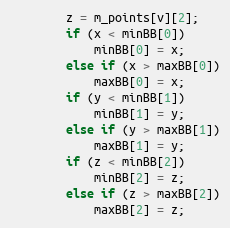
Language: C++
        z = m_points[v][2];
        if (x < minBB[0])
            minBB[0] = x;
        else if (x > maxBB[0])
            maxBB[0] = x;
        if (y < minBB[1])
            minBB[1] = y;
        else if (y > maxBB[1])
            maxBB[1] = y;
        if (z < minBB[2])
            minBB[2] = z;
        else if (z > maxBB[2])
            maxBB[2] = z;